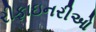
રીફાઇનરીઓ